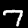
Label: 7